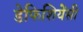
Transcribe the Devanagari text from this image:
डेफिशियेंसी